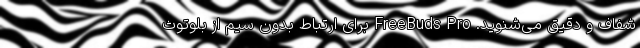
شفاف و دقیق می‌شنوید. FreeBuds Pro برای ارتباط بدون سیم از بلوتوث